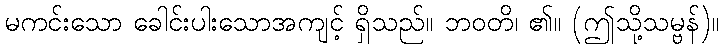
မကင်းသော ခေါင်းပါးသောအကျင့် ရှိသည်။ ဘဝတိ၊ ၏။ (ဤသို့သမ္ဗန်)။